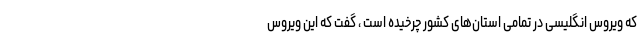
که ویروس انگلیسی در تمامی استان‌های کشور چرخیده است ، گفت که این ویروس